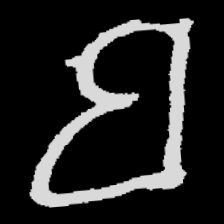
Pyu character \u2014 Myanmar letter: ဗ (romanized: ba)